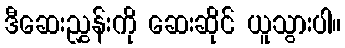
ဒီဆေးညွှန်းကို ဆေးဆိုင် ယူသွားပါ။